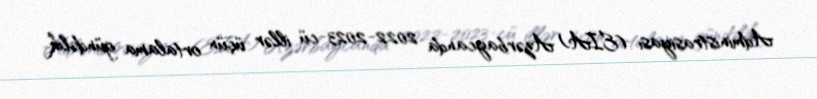
Administrasiyası (EIA) Azərbaycanda 2022-2023-cü illər üçün ortalama gündəlik